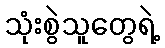
သုံးစွဲသူတွေရဲ့